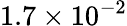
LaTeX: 1.7\times 10^{-2}